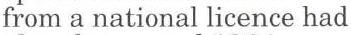
from a national licence had